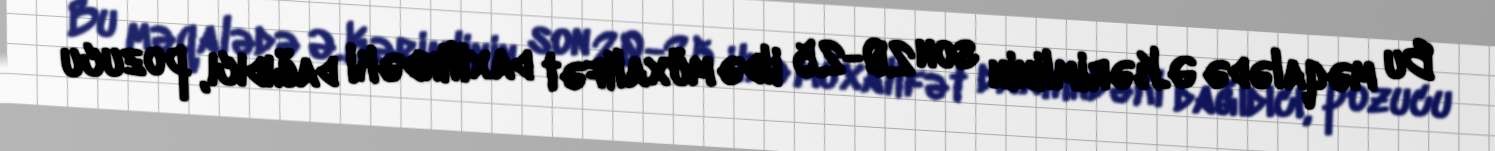
Bu məqalədə Ə.Kərimlinin son 20-25 ildə müxalifət daxilindəki dağıdıcı, pozucu